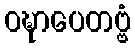
ဝဍ္ဎာပေတဗ္ဗံ